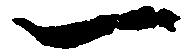
一